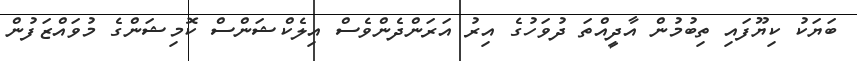
ބަޔަކު ކިޔޫފައި ތިބުމުން އާދީއްތަ ދުވަހުގެ އިރު އަރަންދެންވެސް އިލެކްޝަންސް ކޮމިޝަންގެ މުވައްޒަފުން